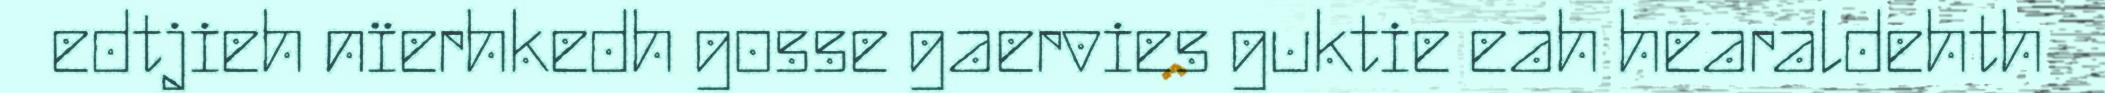
edtjieh nïerhkedh gosse gaervies guktie eah hearaldehth